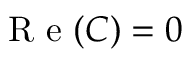
\mathrm { ~ R ~ e ~ } ( C ) = 0